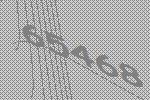
65468